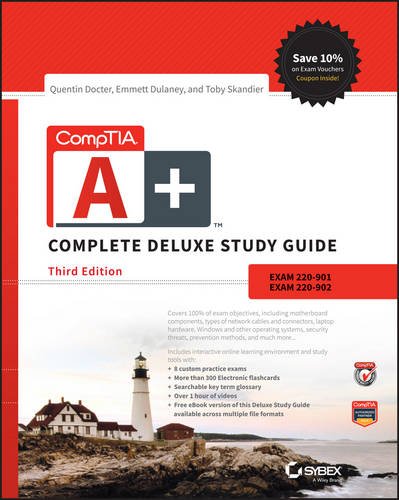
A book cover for CompTIA A+ Complete Deluxe Study Guide: Exams 220-901 and 220-902; Quentin Docter; Computers & Technology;